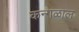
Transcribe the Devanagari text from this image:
कन्गळाल